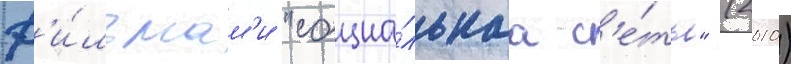
ф'и́льмам'и "социа́льнаа с'е́ть" (2010)